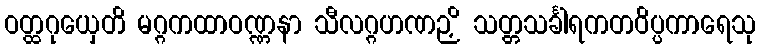
ဝတ္ထဂုယှေတိ မဂ္ဂကထာဝဏ္ဏနာ သီလဂ္ဂဟဏဉှိ သတ္တသင်္ခါရကတဝိပ္ပကာရေသု